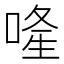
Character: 𠷶